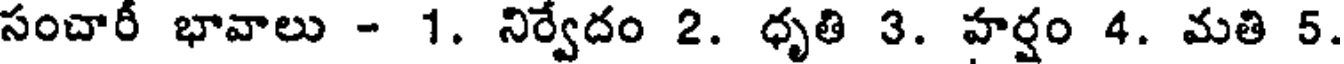
సంచారీ భావాలు - 1. నిర్వేదం 2. ధృతి 3. హర్షం 4. మతి 5.